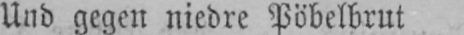
Und gegen niedre Pöbelbrut